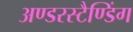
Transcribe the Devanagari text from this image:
अण्डरस्टैण्डिंग